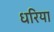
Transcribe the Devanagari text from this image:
धरिया